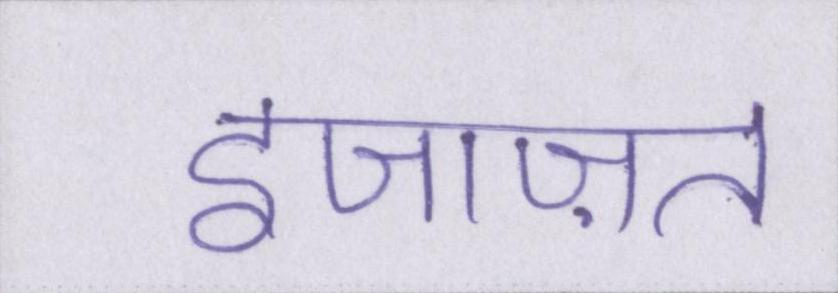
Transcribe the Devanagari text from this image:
इजाज़त